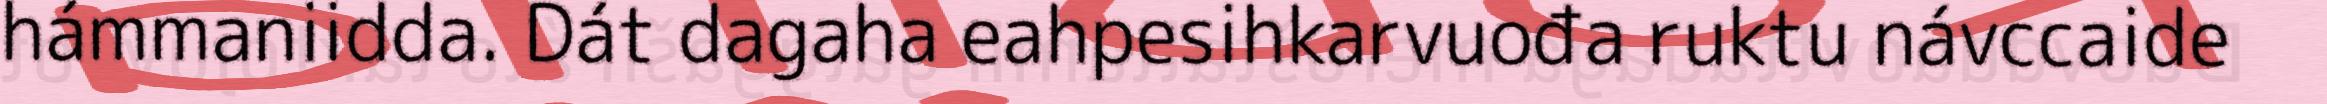
hámmaniidda. Dát dagaha eahpesihkarvuođa ruktu návccaide